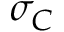
\sigma _ { C }